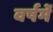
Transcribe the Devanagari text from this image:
वर्षमें